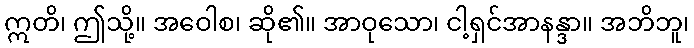
ဣတိ၊ ဤသို့။ အဝေါစ၊ ဆို၏။ အာဝုသော၊ ငါ့ရှင်အာနန္ဒာ။ အဘိဘူ၊